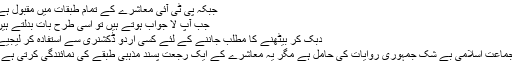
جبکہ پی ٹی آئی معاشرے کے تمام طبقات میں مقبول ہے
جب آپ لا جواب ہوتے ہیں تو اسی طرح بات بدلتے ہیں
دُبک کر بیٹھنے کا مطلب جاننے کے لئے کسی اُردو ڈکشنری سے استفادہ کر لیجیے
جماعت اسلامی بے شک جمہوری روایات کی حامل ہے مگر یہ معاشرے کے ایک رجعت پسند مذہبی طبقے کی نمائندگی کرتی ہے ۔